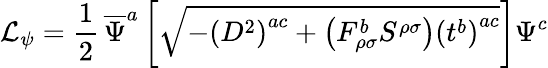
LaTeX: {\cal{L}}_{\psi}=\frac{1}{2}\, \overline{{{\Psi}}}^{a}\left[\sqrt{-\left(D^{2}\right)^{ac}+\left(F_{\rho\sigma}^{b}S^{\rho\sigma}\right)\left(t^{b}\right)^{ac}}\right]\Psi^{c}